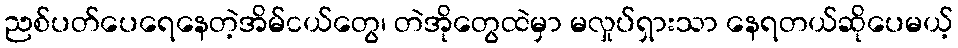
ညစ်ပတ်ပေရေနေတဲ့အိမ်ငယ်တွေ၊ တဲအိုတွေထဲမှာ မလှုပ်ရှားသာ နေရတယ်ဆိုပေမယ့်